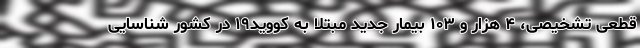
قطعی تشخیصی، ۴ هزار و ۱۰۳ بیمار جدید مبتلا به کووید۱۹ در کشور شناسایی